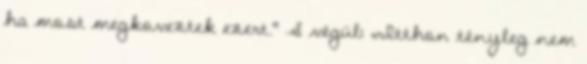
ha most megkoveztek ezert.“ S végül: „Itthon tényleg nem